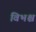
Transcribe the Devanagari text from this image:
विभश्च